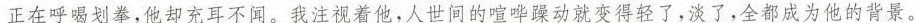
正在呼喝划拳，他却充耳不闻。我注视着他，人世间的喧动就变得轻了，淡了，全都成为他的背景。